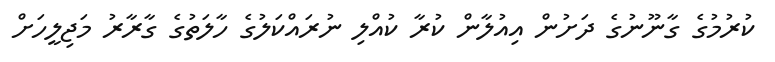
ކުރުމުގެ ގާނޫނުގެ ދަށުން އިއުލާން ކުރާ ކުއްލި ނުރައްކަލުގެ ހާލަތުގެ ގާރާރު މަޖިލީހަށް